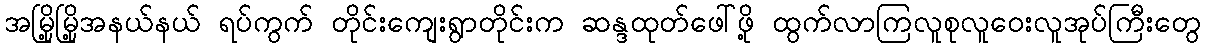
အမြို့မြို့အနယ်နယ် ရပ်ကွက် တိုင်းကျေးရွာတိုင်းက ဆန္ဒထုတ်ဖေါ်ဖို့ ထွက်လာကြလူစုလူဝေးလူအုပ်ကြီးတွေ